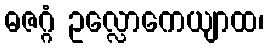
ဓဇဂ္ဂံ ဥလ္လောကေယျာထ၊